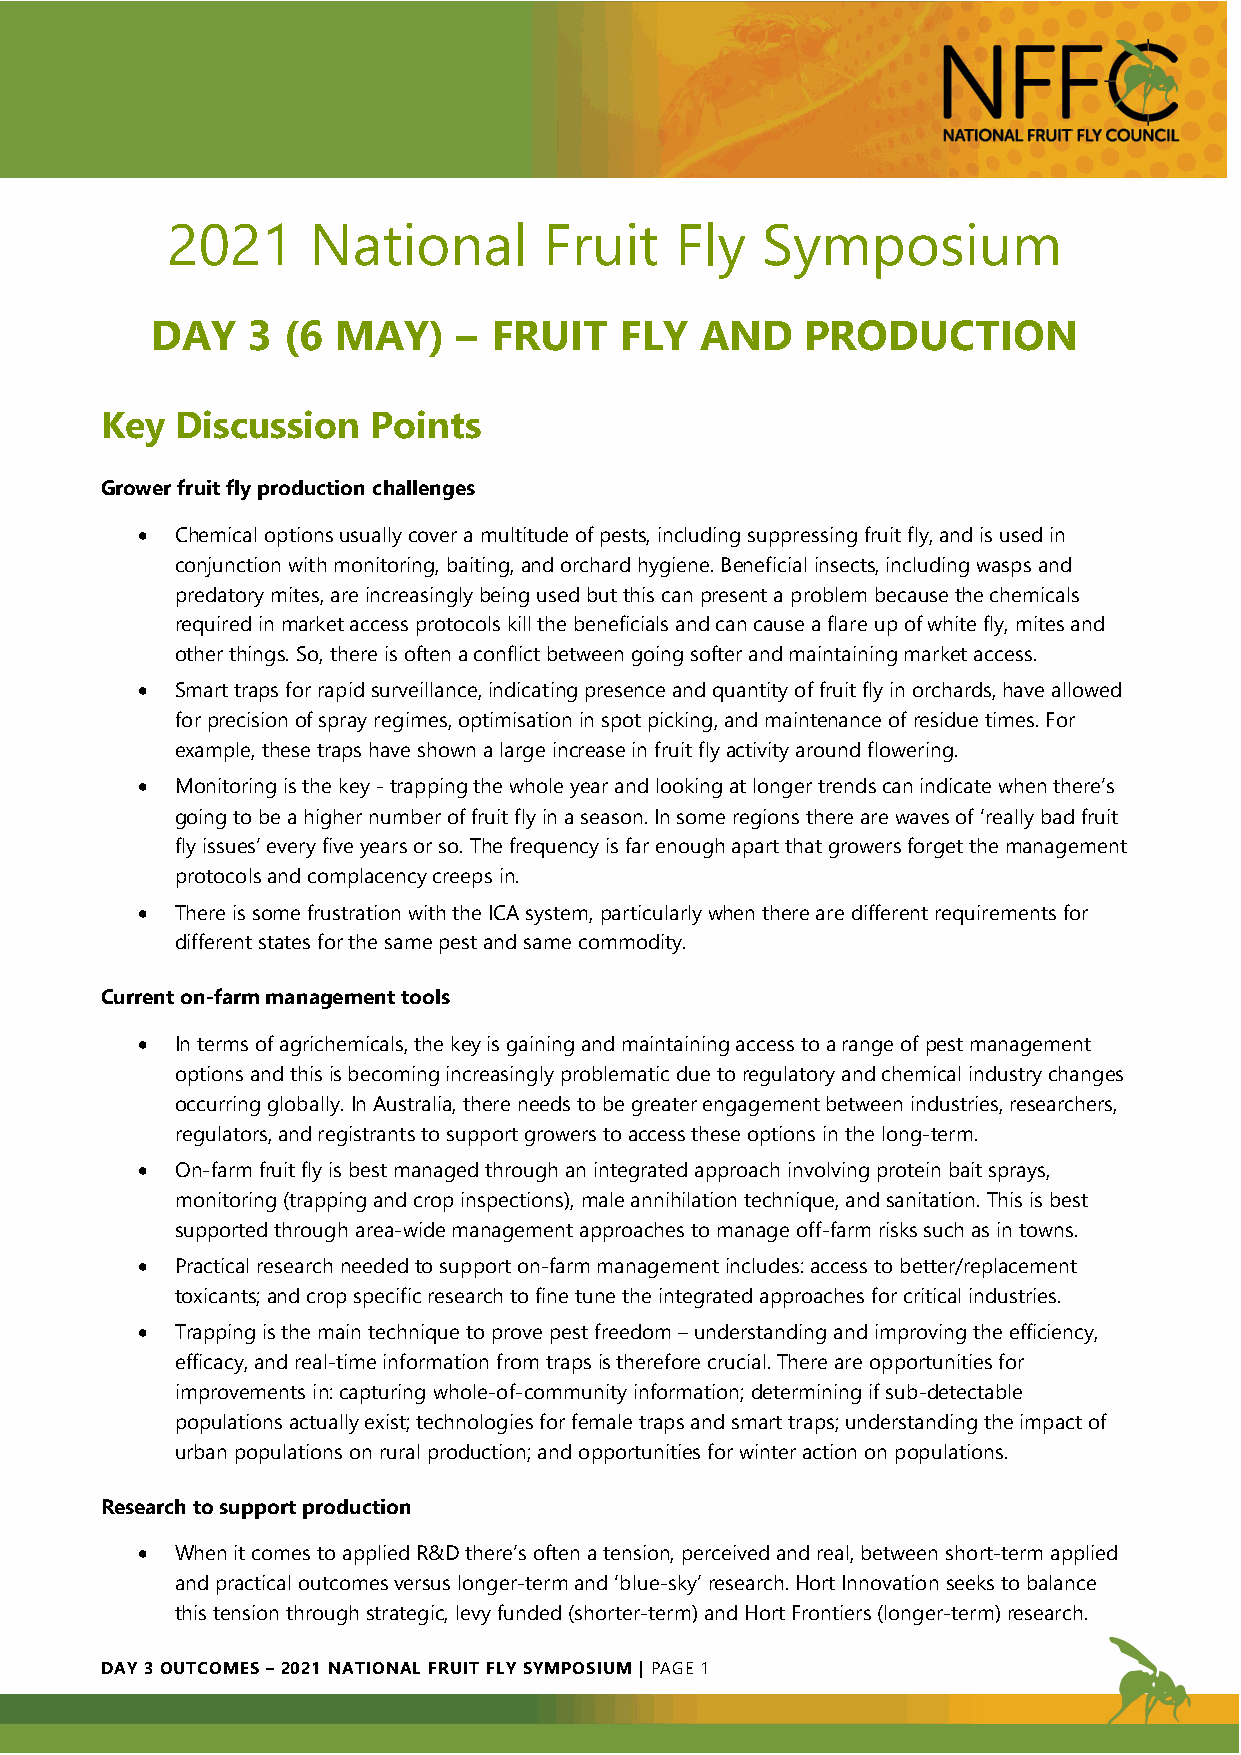
2021     National        Fruit    Fly  Symposium
 DAY   3  (6 MAY)    –  FRUIT   FLY  AND    PRODUCTION
 Key  Discussion   Points
 Grower fruit fly production challenges
 •  Chemical options usually cover a multitude of pests, including suppressing fruit fly, and is used in
 conjunction with monitoring, baiting, and orchard hygiene. Beneficial insects, including wasps and
 predatory mites, are increasingly being used but this can present a problem because the chemicals
 required in market access protocols kill the beneficials and can cause a flare up of white fly, mites and
 other things. So, there is often a conflict between going softer and maintaining market access.
 •  Smart traps for rapid surveillance, indicating presence and quantity of fruit fly in orchards, have allowed
 for precision of spray regimes, optimisation in spot picking, and maintenance of residue times. For
 example, these traps have shown a large increase in fruit fly activity around flowering.
 •  Monitoring is the key - trapping the whole year and looking at longer trends can indicate when there’s
 going to be a higher number of fruit fly in a season. In some regions there are waves of ‘really bad fruit
 fly issues’ every five years or so. The frequency is far enough apart that growers forget the management
 protocols and complacency creeps in.
 •  There is some frustration with the ICA system, particularly when there are different requirements for
 different states for the same pest and same commodity.
 Current on-farm management tools
 •  In terms of agrichemicals, the key is gaining and maintaining access to a range of pest management
 options and this is becoming increasingly problematic due to regulatory and chemical industry changes
 occurring globally. In Australia, there needs to be greater engagement between industries, researchers,
 regulators, and registrants to support growers to access these options in the long-term.
 •  On-farm fruit fly is best managed through an integrated approach involving protein bait sprays,
 monitoring (trapping and crop inspections), male annihilation technique, and sanitation. This is best
 supported through area-wide management approaches to manage off-farm risks such as in towns.
 •  Practical research needed to support on-farm management includes: access to better/replacement
 toxicants; and crop specific research to fine tune the integrated approaches for critical industries.
 •  Trapping is the main technique to prove pest freedom – understanding and improving the efficiency,
 efficacy, and real-time information from traps is therefore crucial. There are opportunities for
 improvements in: capturing whole-of-community information; determining if sub-detectable
 populations actually exist; technologies for female traps and smart traps; understanding the impact of
 urban populations on rural production; and opportunities for winter action on populations.
 Research to support production
 •  When it comes to applied R&D there’s often a tension, perceived and real, between short-term applied
 and practical outcomes versus longer-term and ‘blue-sky’ research. Hort Innovation seeks to balance
 this tension through strategic, levy funded (shorter-term) and Hort Frontiers (longer-term) research.
 DAY 3 OUTCOMES – 2021 NATIONAL FRUIT FLY SYMPOSIUM | PAGE 1